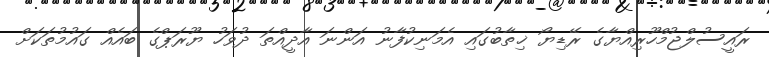
ރައީސުލްޖުމްހޫރިއްޔާގެ ރޭޑިޔޯ ޚިތާބުގައި އެމަނިކުފާނު އަންނަ އާދީއްތަ ދުވަހު ޔޫރަޕްގެ ބައެއް ގައުމުތަކަށް